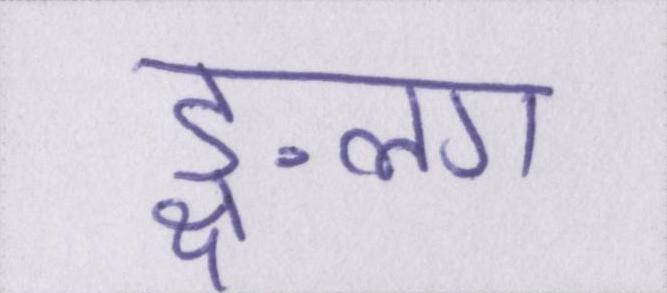
ङ्क्षलग